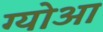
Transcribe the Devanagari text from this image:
ग्योआ